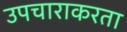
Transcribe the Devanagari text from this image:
उपचाराकरता